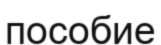
пособие